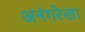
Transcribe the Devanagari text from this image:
अनंगरेखा